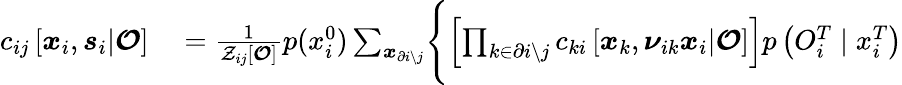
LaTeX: \begin{array}{rl}{c_{ij}\left[\boldsymbol{x}_{i},\boldsymbol{s}_{i}|\boldsymbol{\mathcal{O}}\right]}&{{}=\frac{1}{\mathcal{Z}_{ij}\left[\boldsymbol{\mathcal{O}}\right]}p(x_{i}^{0})\sum_{\boldsymbol{x}_{\partial i\setminus j}}\Biggl\{ \left[\prod_{k\in\partial i\setminus j}c_{ki}\left[\boldsymbol{x}_{k},\boldsymbol{\nu}_{ik}\boldsymbol{x}_{i}|\boldsymbol{\mathcal{O}}\right]\right]p\left({O}_{i}^{T}\mid x_{i}^{T}\right)}\end{array}